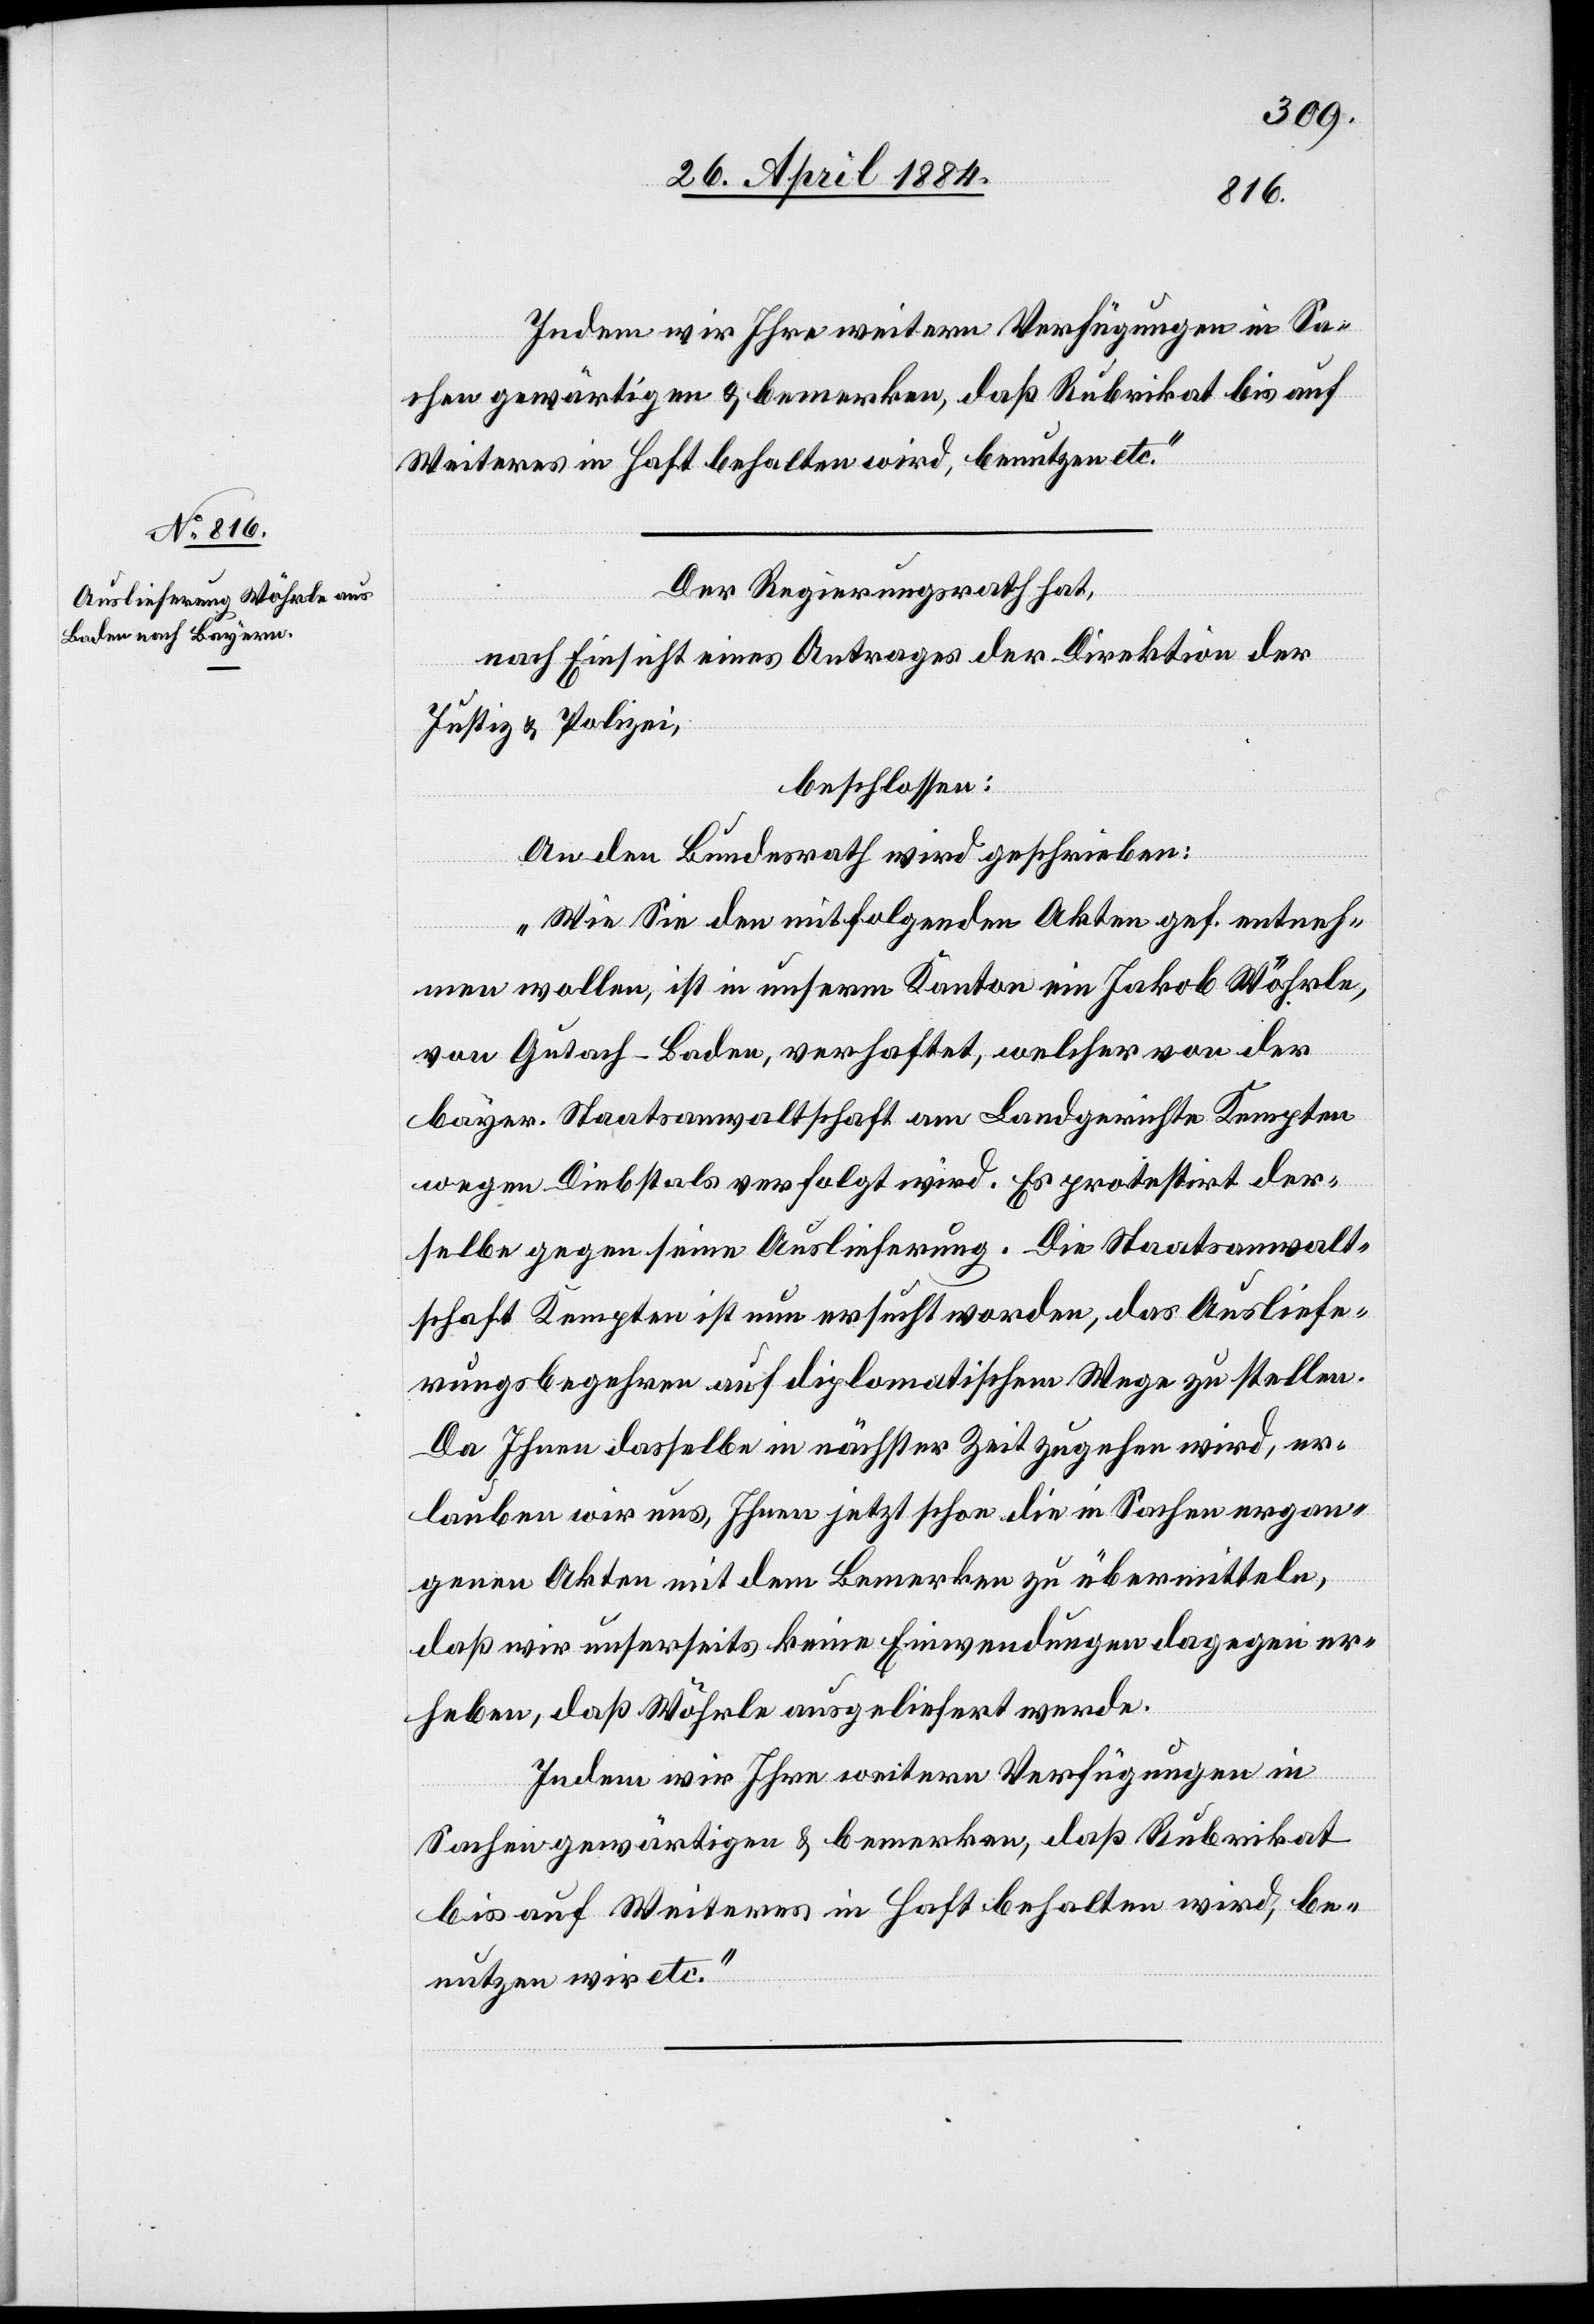
30. April 1884.]
Indem wir Ihre weitern Verfügungen in Sa¬
chen gewärtigen & bemerken, daß Rubrikat bis auf
Weiteres in Haft behalten wird, benutzen etc.“
Der Regierungsrath hat,
nach Einsicht eines Antrages der Direktion der
Justiz & Polizei,
beschlossen:
An den Bundesrath wird geschrieben:
fügungen
„Wie Sie den mitfolgenden Akten gef. entneh¬
[Präsidial-Ver¬
men wollen, ist in unserm Kanton ein Jakob Wöhrle,
von Gutach - Baden, verhaftet, welcher von der
bayer. Staatsanwaltschaft am Landgerichte Kempten
wegen Diebstals verfolgt wird. Es protestirt der¬
selbe gegen seine Auslieferung. Die Staatsanwalt¬
schaft Kempten ist nun ersucht worden, das Ausliefe¬
rungsbegehren auf diplomatischem Wege zu stellen.
Da Ihnen dasselbe in nächster Zeit zugehen wird, er¬
lauben wir uns, Ihnen jetzt schon die in Sachen ergan¬
genen Akten mit dem Bemerken zu übermitteln,
daß wir unserseits keine Einwendungen dagegen er¬
heben, daß Wöhrle ausgeliefert werde.
Indem wir Ihre weitern Verfügungen in
Sachen gewärtigen & bemerken, daß Rubrikat
bis auf Weiteres in Haft behalten wird, be¬
nutzen wir etc.“